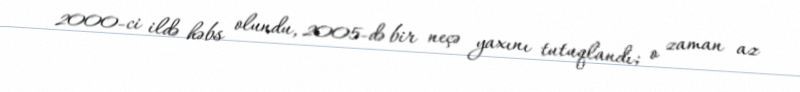
2000-ci ildə həbs olundu, 2005-də bir neçə yaxını tutuqlandı; o zaman az